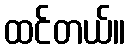
ထင်တယ်။